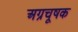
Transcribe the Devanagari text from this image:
अग्रचूषक